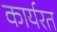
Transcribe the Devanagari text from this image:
कार्यरत